Board of Education Examinations in Art and in Science and Technology, and Examinations of the City and Guilds of London Institute, 1918, 1918
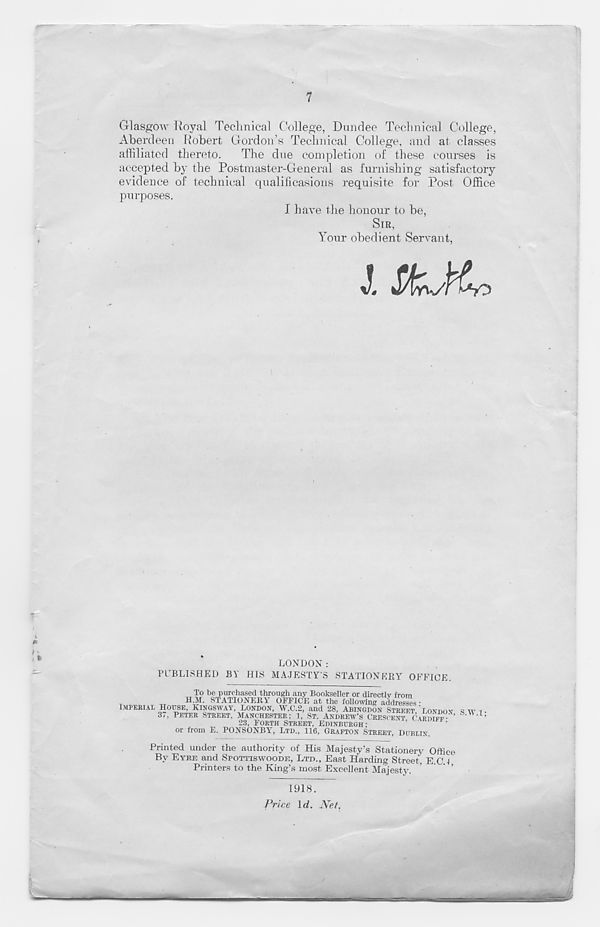
MMM
7
Glasgow Royal Teclmical College, Dundee Technical College,
Aberdeen Robert Gordon’s Technical College, and at classes
affiliated thereto.
The due completion of these courses is
accepted by the Postmaster-General as furnishing satisfactory
evidence of technical qualificasions requisite for Post Office
purposes.
I have the honour to be,
SIR,
,
Your obedient Servant,
J. JOC
T
0
PTBLISHED BY
LONDON:
HIS MAJESTY’S STATIONERY OFFICE.
To be purchased through any Bookseller or directlv from
n.M. STATIONERY OFFICE at the following addresses •
IMPERIAL HOUSE, KINOSWAY, LONDON, W.C.2, and 28, ABINGDON STREET 'LONDON S \Y
37, PETER STREET, MANCHESTER: 1, ST. ANDREW’S CRESCENT CARDTEV- ’
23. FORTH STREET, EDINBURGH;
CARDIFF,
or from E. PONSONBY 7 , LTD., 116, GRAFTON STREET, DUBLIN.
.1:
Printed under the authority of His Majesty’s Stationery Office
By EYBE and SPOTTISWOODE, LTD., East Harding Street, E.C 1
Printers to the King’s most Excellent Majesty. ’
’ ’
1918.
Price 1 d. Net.
-